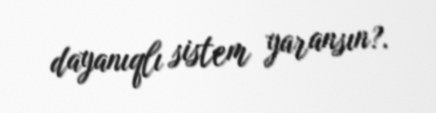
dayanıqlı sistem yaransın?.